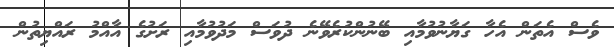
ވެސް އެތަން އެހާ ގަޔާނުވުމާއި ބޭނުންކުރެވޭނެ ދުވަސް މަދުވުމާއި ރަށުގެ އާއްމު ރައްޔިތުން